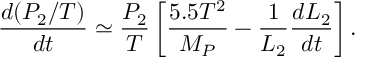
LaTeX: { \frac { d ( P _ { 2 } / T ) } { d t } } \simeq { \frac { P _ { 2 } } { T } } \left[ { \frac { 5 . 5 T ^ { 2 } } { M _ { P } } } - { \frac { 1 } { L _ { 2 } } } { \frac { d L _ { 2 } } { d t } } \right] .